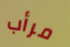
مرأب